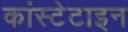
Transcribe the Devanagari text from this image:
कांस्टेटाइन